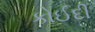
કોઈદી